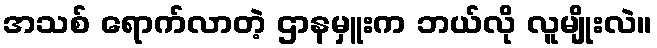
အသစ် ရောက်လာတဲ့ ဌာနမှူးက ဘယ်လို လူမျိုးလဲ။